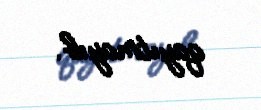
qayıtmayıb.